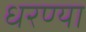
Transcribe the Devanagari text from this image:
धरण्या